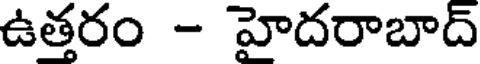
ఉత్తరం - హైదరాబాద్